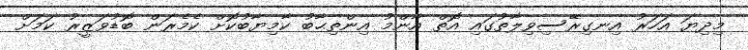
މިދިޔަ އަހަރު އިނގިރޭސިވިލާތުގައި އޮތް އާންމު އިންތިޙާބު ކާމިޔާބުކޮށް ކެމެރަން ބޮޑުވަޒީރު ކަމަށް